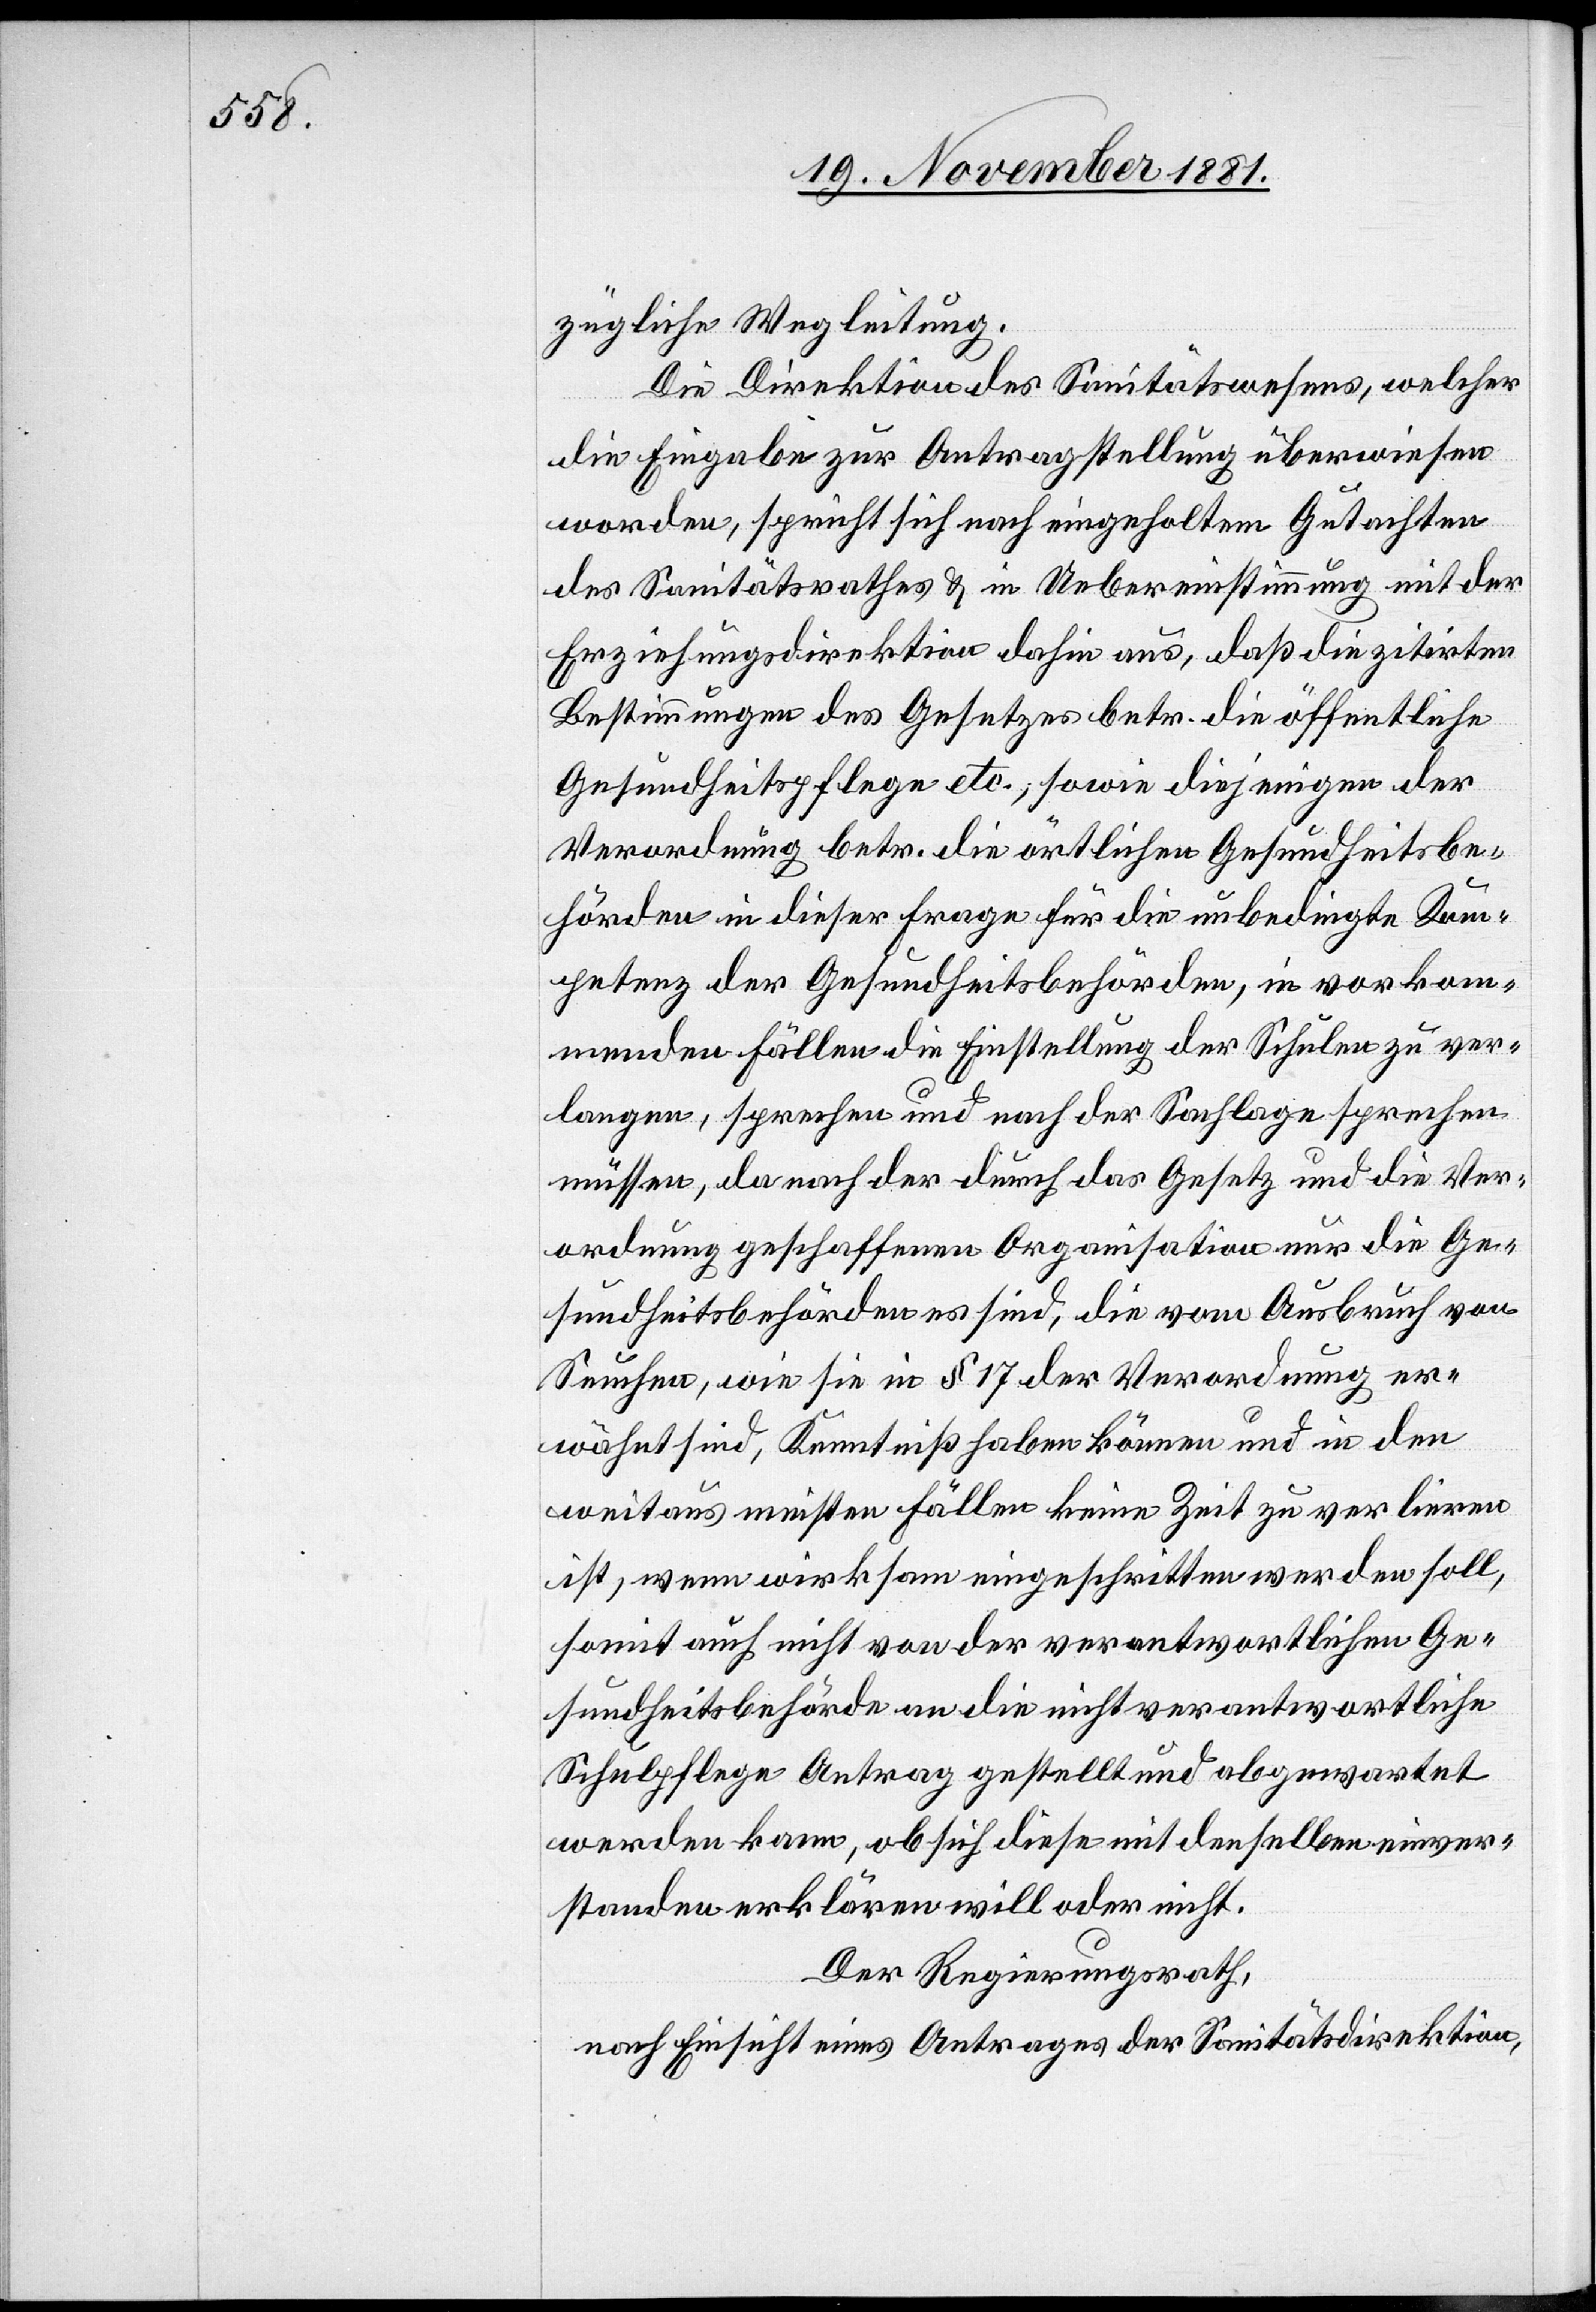
zügliche Wegleitung.
Die Direktion des Sanitätswesens, welcher
die Eingabe zur Antragstellung überwiesen
worden, spricht sich nach eingeholtem Gutachten
des Santitätsrathes & in Uebereinstimmung mit der
Erziehungsdirektion dahin aus, daß die zitirten
Bestimmungen des Gesetzes betr. die öffentliche
Gesundheitspflege etc., sowie diejenigen der
Verordnung betr. die örtlichen Gesundheitsbe¬
hörden in dieser Frage für die unbedingte Kom¬
petenz der Gesundheitsbehörden, in vorkom¬
menden Fällen die Einstellung der Schulen zu ver¬
langen, sprechen und nach der Sachlage sprechen
müssen, da nach der durch das Gesetz und die Ver¬
ordnung geschaffenen Organisation nur die Ge¬
sundheitsbehörden es sind, die vom Ausbruch von
Seuchen, wie sie in § 17 der Verordnung er¬
wähnt sind, Kenntniß haben können und in den
weitaus meisten Fällen keine Zeit zu verlieren
ist, wenn wirksam eingeschritten werden soll,
somit auch nicht von der verantwortlichen Ge¬
sundheitsbehörde an die nicht verantwortliche
Schulpflege Antrag gestellt und abgewartet
werden kann, ob sich diese mit denselben einver¬
standen erklären will oder nicht.
Der Regierungsrath,
nach Einsicht eines Antrages der Sanitätsdirektion